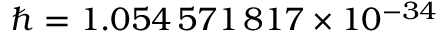
\hbar = 1 . 0 5 4 \, 5 7 1 \, 8 1 7 \times 1 0 ^ { - 3 4 }